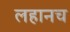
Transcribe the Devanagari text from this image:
लहानच